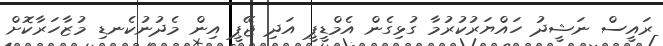
ރައީސް ނަޝީދު ހައްޔަރުކުރުމާ ގުޅިގެން އެމްޑީޕީ އަދި ޖޭޕީ އިން މެދުނުކެނޑި މުޒާހަރާކޮށް